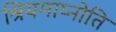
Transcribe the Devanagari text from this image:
श्रियमाप्नोति